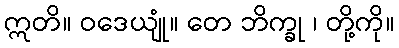
ဣတိ။ ဝဒေယျုံ။ တေ ဘိက္ခု ၊ တို့ကို။